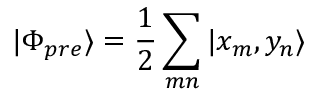
| \Phi _ { p r e } \rangle = \frac { 1 } { 2 } \sum _ { m n } | x _ { m } , y _ { n } \rangle